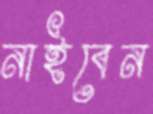
নাইবেন